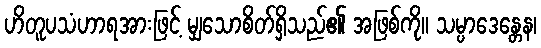
ဟိတူပသံဟာရအားဖြင့် မျှသောစိတ်ရှိသည်၏ အဖြစ်ကို။ သမ္ပာဒေန္တေန၊